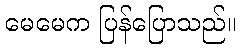
မေမေက ပြန်ပြောသည်။